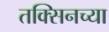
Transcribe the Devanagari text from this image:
तक्सिनच्या